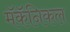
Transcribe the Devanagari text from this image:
मॅकॅनिकल